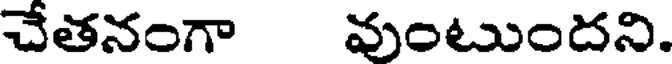
చేతనంగా వుంటుందని.